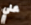
علي